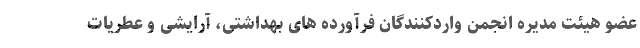
عضو هیئت مدیره انجمن واردکنندگان فرآورده های بهداشتی، آرایشی و عطریات